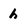
Character: h